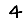
Digit: 4